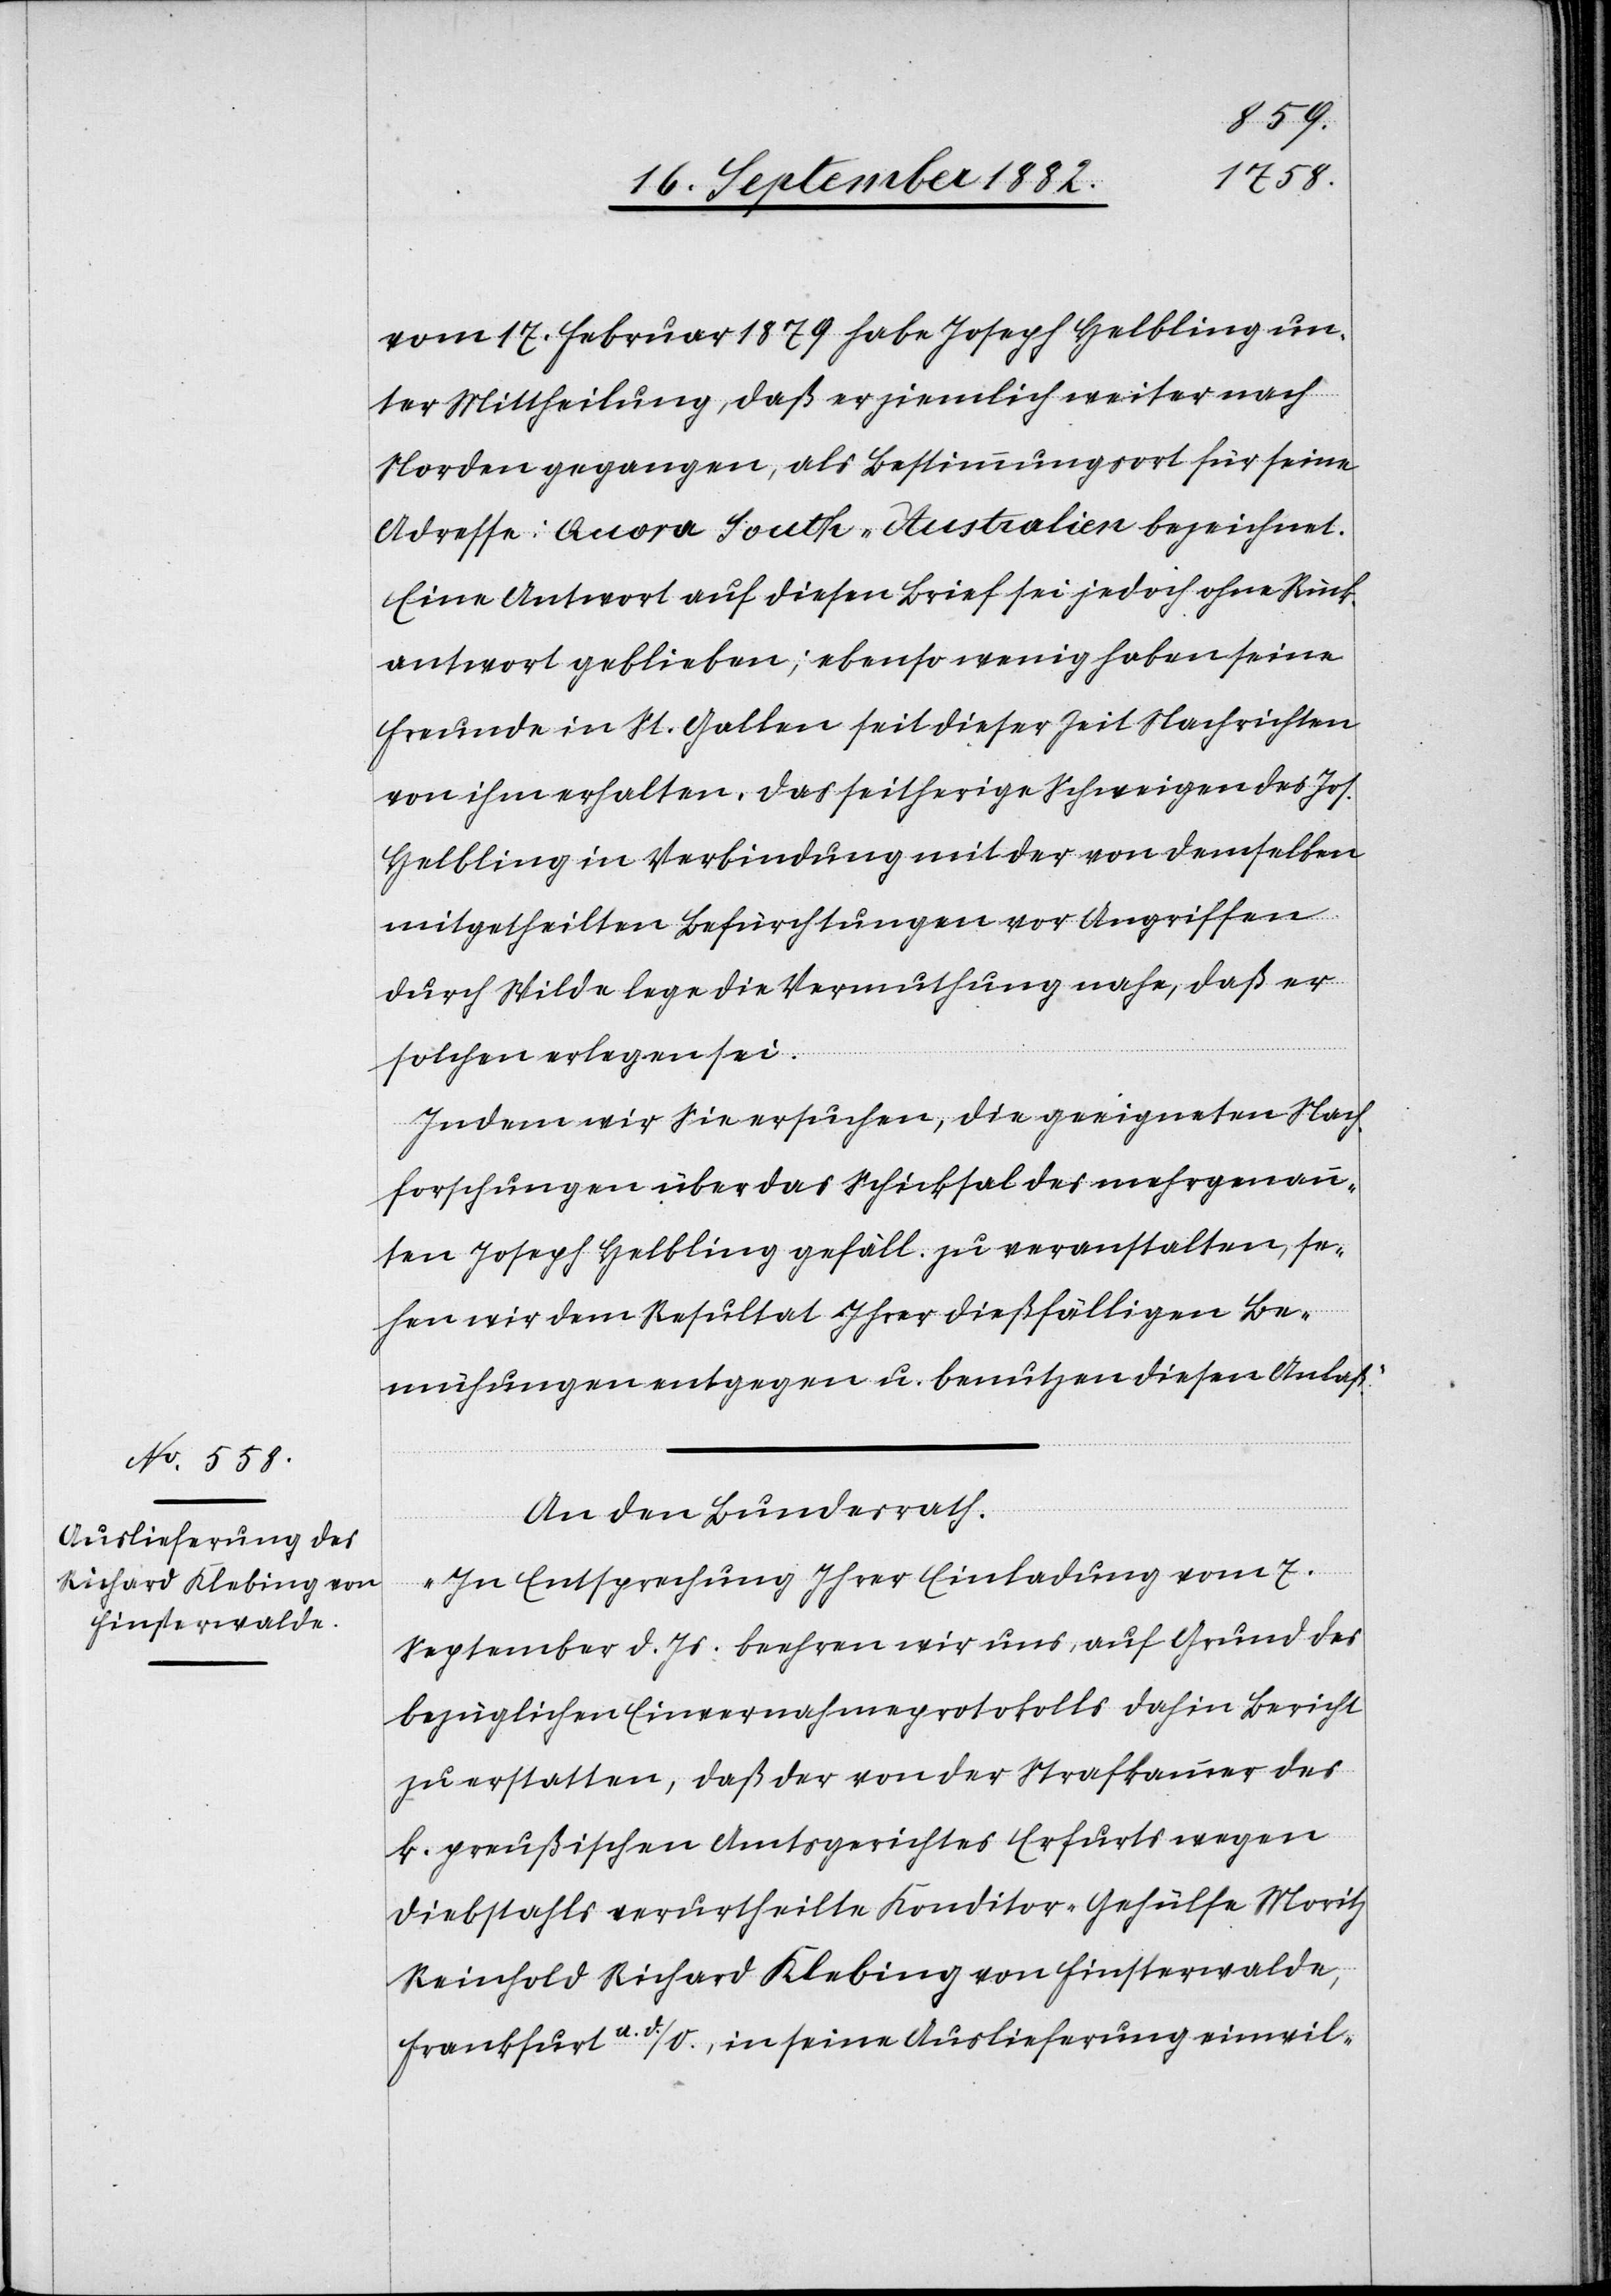
vom 17. Februar 1879 habe Joseph Helbling un¬
ter Mittheilung, daß er ziemlich weiter nach
Norden gegangen, als Bestimmungsort für seine
Adresse: Quora South-Australien bezeichnet.
Eine Antwort auf diesen Brief sei jedoch ohne Rück¬
antwort geblieben; ebenso wenig haben seine
Freunde in St. Gallen seit dieser Zeit Nachrichten
von ihm erhalten. Das seitherige Schweigen des Jos.
Helbling in Verbindung mit der von demselben
mitgetheilten Befürchtungen vor Angriffen
durch Wilde lege die Vermuthung nahe, daß er
solchen erlegen sei.
Indem wir Sie ersuchen, die geeigneten Nach¬
forschungen über das Schicksal mehrgenan¬
nten Joseph Helbling gefäll. zu veranstalten, se¬
hen wir dem Resultat Ihrer dießfälligen Be¬
mühungen entgegen u. benutzen diesen Anlaß.
An den Bundesrath.
„In Entsprechung Ihrer Einladung vom 7.
September d. Js. beehren wir uns, auf Grund des
bezüglichen Einvernahmsprotokolls dahin Bericht
zu erstatten, daß der von der Strafkammer des
k. preußischen Amtsgerichtes Erfurts wegen
Diebstahls verurtheilte Konditor-Gehülfe Moritz
Reinhold Richard Klebing von Finsterwalde,
Frankfurt a. d./O., in seine Auslieferung einwil-